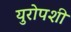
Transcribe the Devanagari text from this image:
युरोपशी